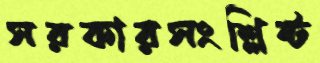
সরকারসংশ্লিষ্ট